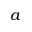
a